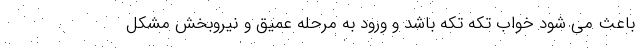
باعث می شود خواب تکه تکه باشد و ورود به مرحله عمیق و نیروبخش مشکل